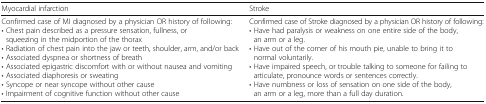
<table><thead><tr><td><b>Myocardial infarction</b></td><td><b>Stroke</b></td></tr></thead><tbody><tr><td>Confirmed case of MI diagnosed by a physician OR history of following:• Chest pain described as a pressure sensation, fullness, or squeezing in the midportion of the thorax• Radiation of chest pain into the jaw or teeth, shoulder, arm, and/or back• Associated dyspnea or shortness of breath• Associated epigastric discomfort with or without nausea and vomiting• Associated diaphoresis or sweating• Syncope or near syncope without other cause• Impairment of cognitive function without other cause</td><td>Confirmed case of Stroke diagnosed by a physician OR history of following:• Have had paralysis or weakness on one entire side of the body, an arm or a leg.• Have out of the corner of his mouth pie, unable to bring it to normal voluntarily.• Have impaired speech, or trouble talking to someone for failing to articulate, pronounce words or sentences correctly.• Have numbness or loss of sensation on one side of the body, an arm or a leg, more than a full day duration.</td></tr></tbody></table>